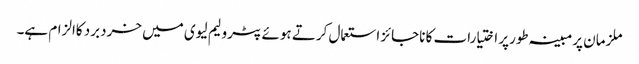
ملزمان پرمبینہ طورپر اختیارات کا ناجائز استعمال کرتے ہوئے پٹرولیم لیوی میں خردبرد کاالزام ہے۔